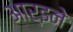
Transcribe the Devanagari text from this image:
आर्इने